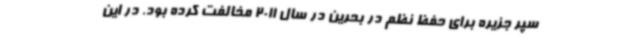
سپر جزیره برای حفظ نظم در بحرین در سال 2011 مخالفت کرده بود. در این